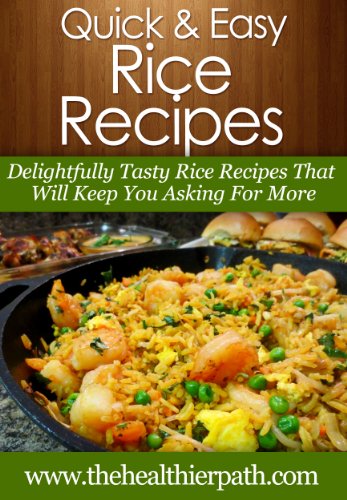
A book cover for Rice Recipes: Delightfully Tasty Rice Recipes That Will Keep You Asking For More. (Quick & Easy Recipes); Mary Miller; Cookbooks, Food & Wine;